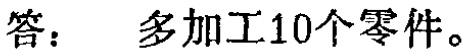
答： 多加工10个零件。